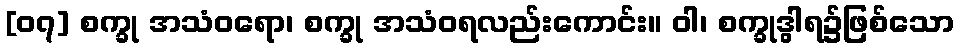
[၀၇] စက္ခု အသံဝရော၊ စက္ခု အသံဝရလည်းကောင်း။ ဝါ၊ စက္ခုဒွါရ၌ဖြစ်သော